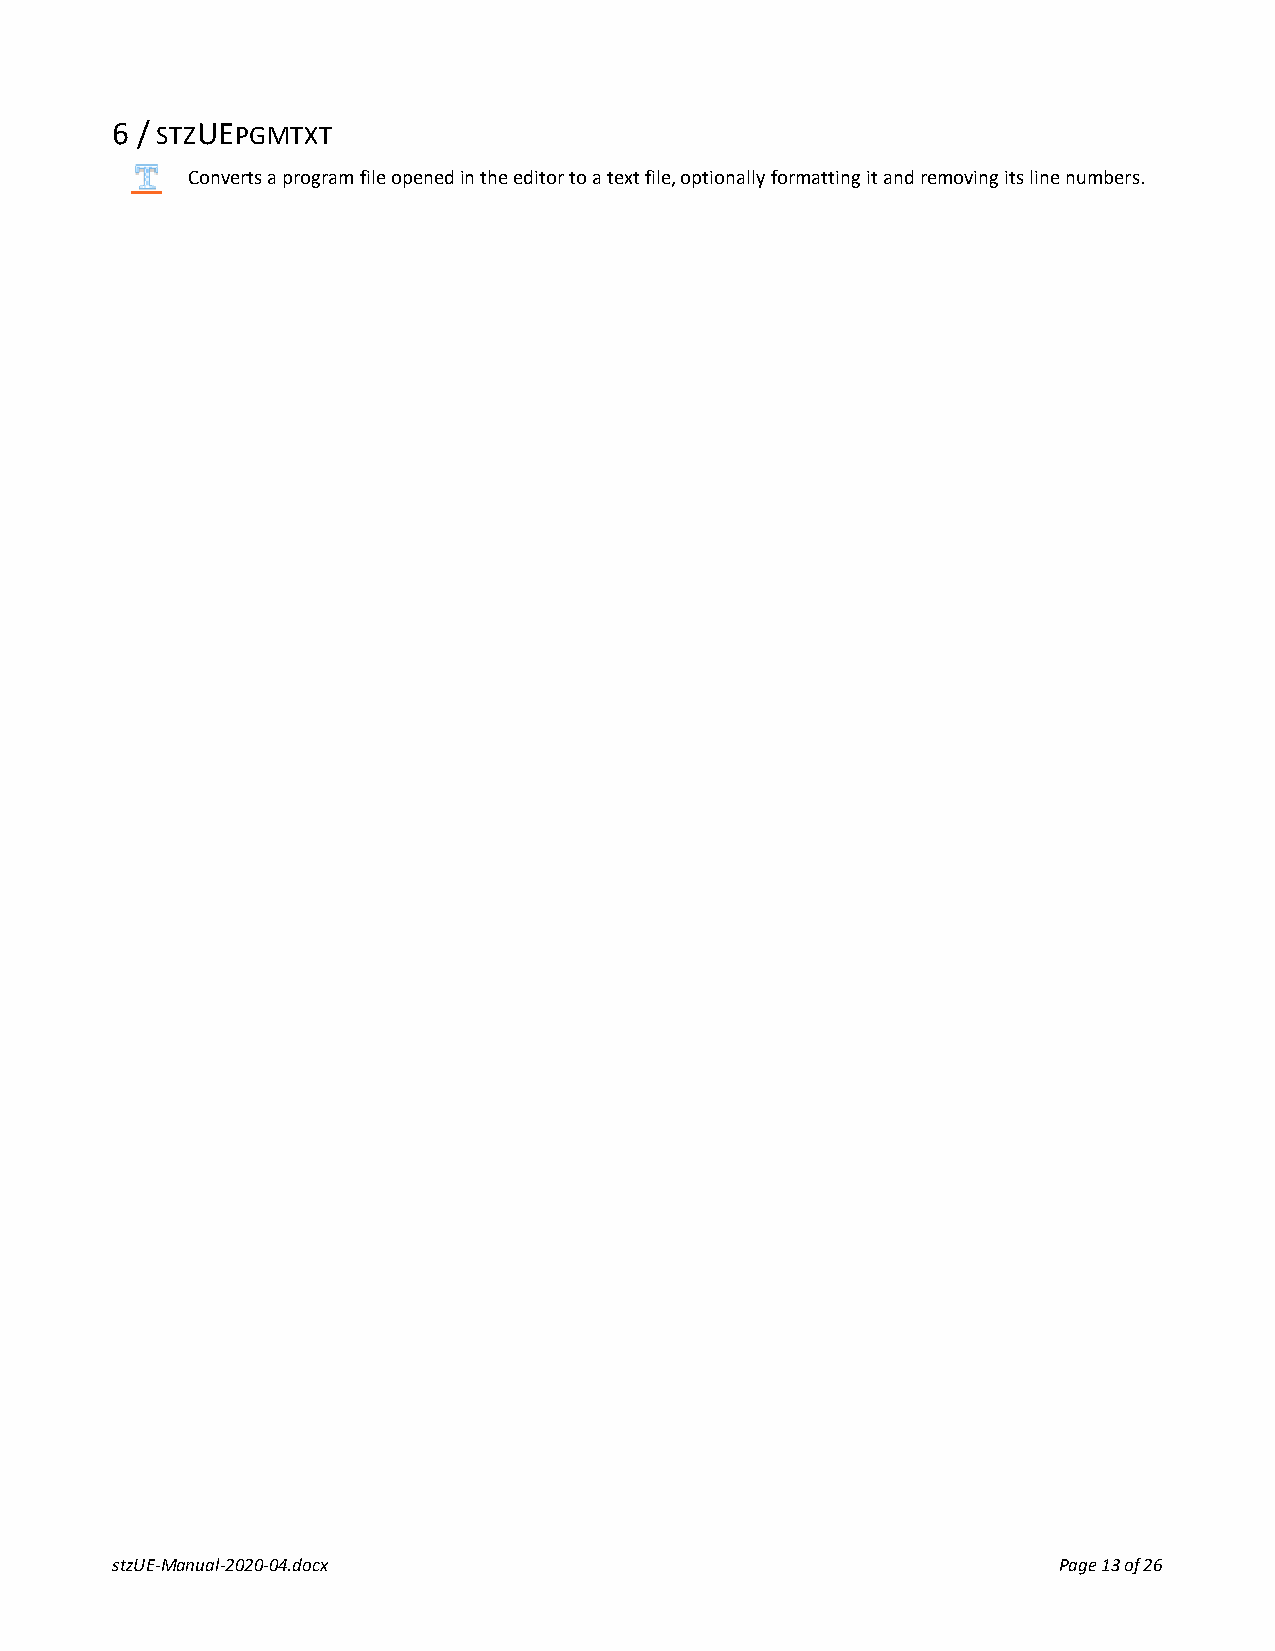
6 / STZUEPGMTXT
 Converts a program file opened in the editor to a text file, optionally formatting it and removing its line numbers.
 stzUE-Manual-2020-04.docx                                      Page 13 of 26